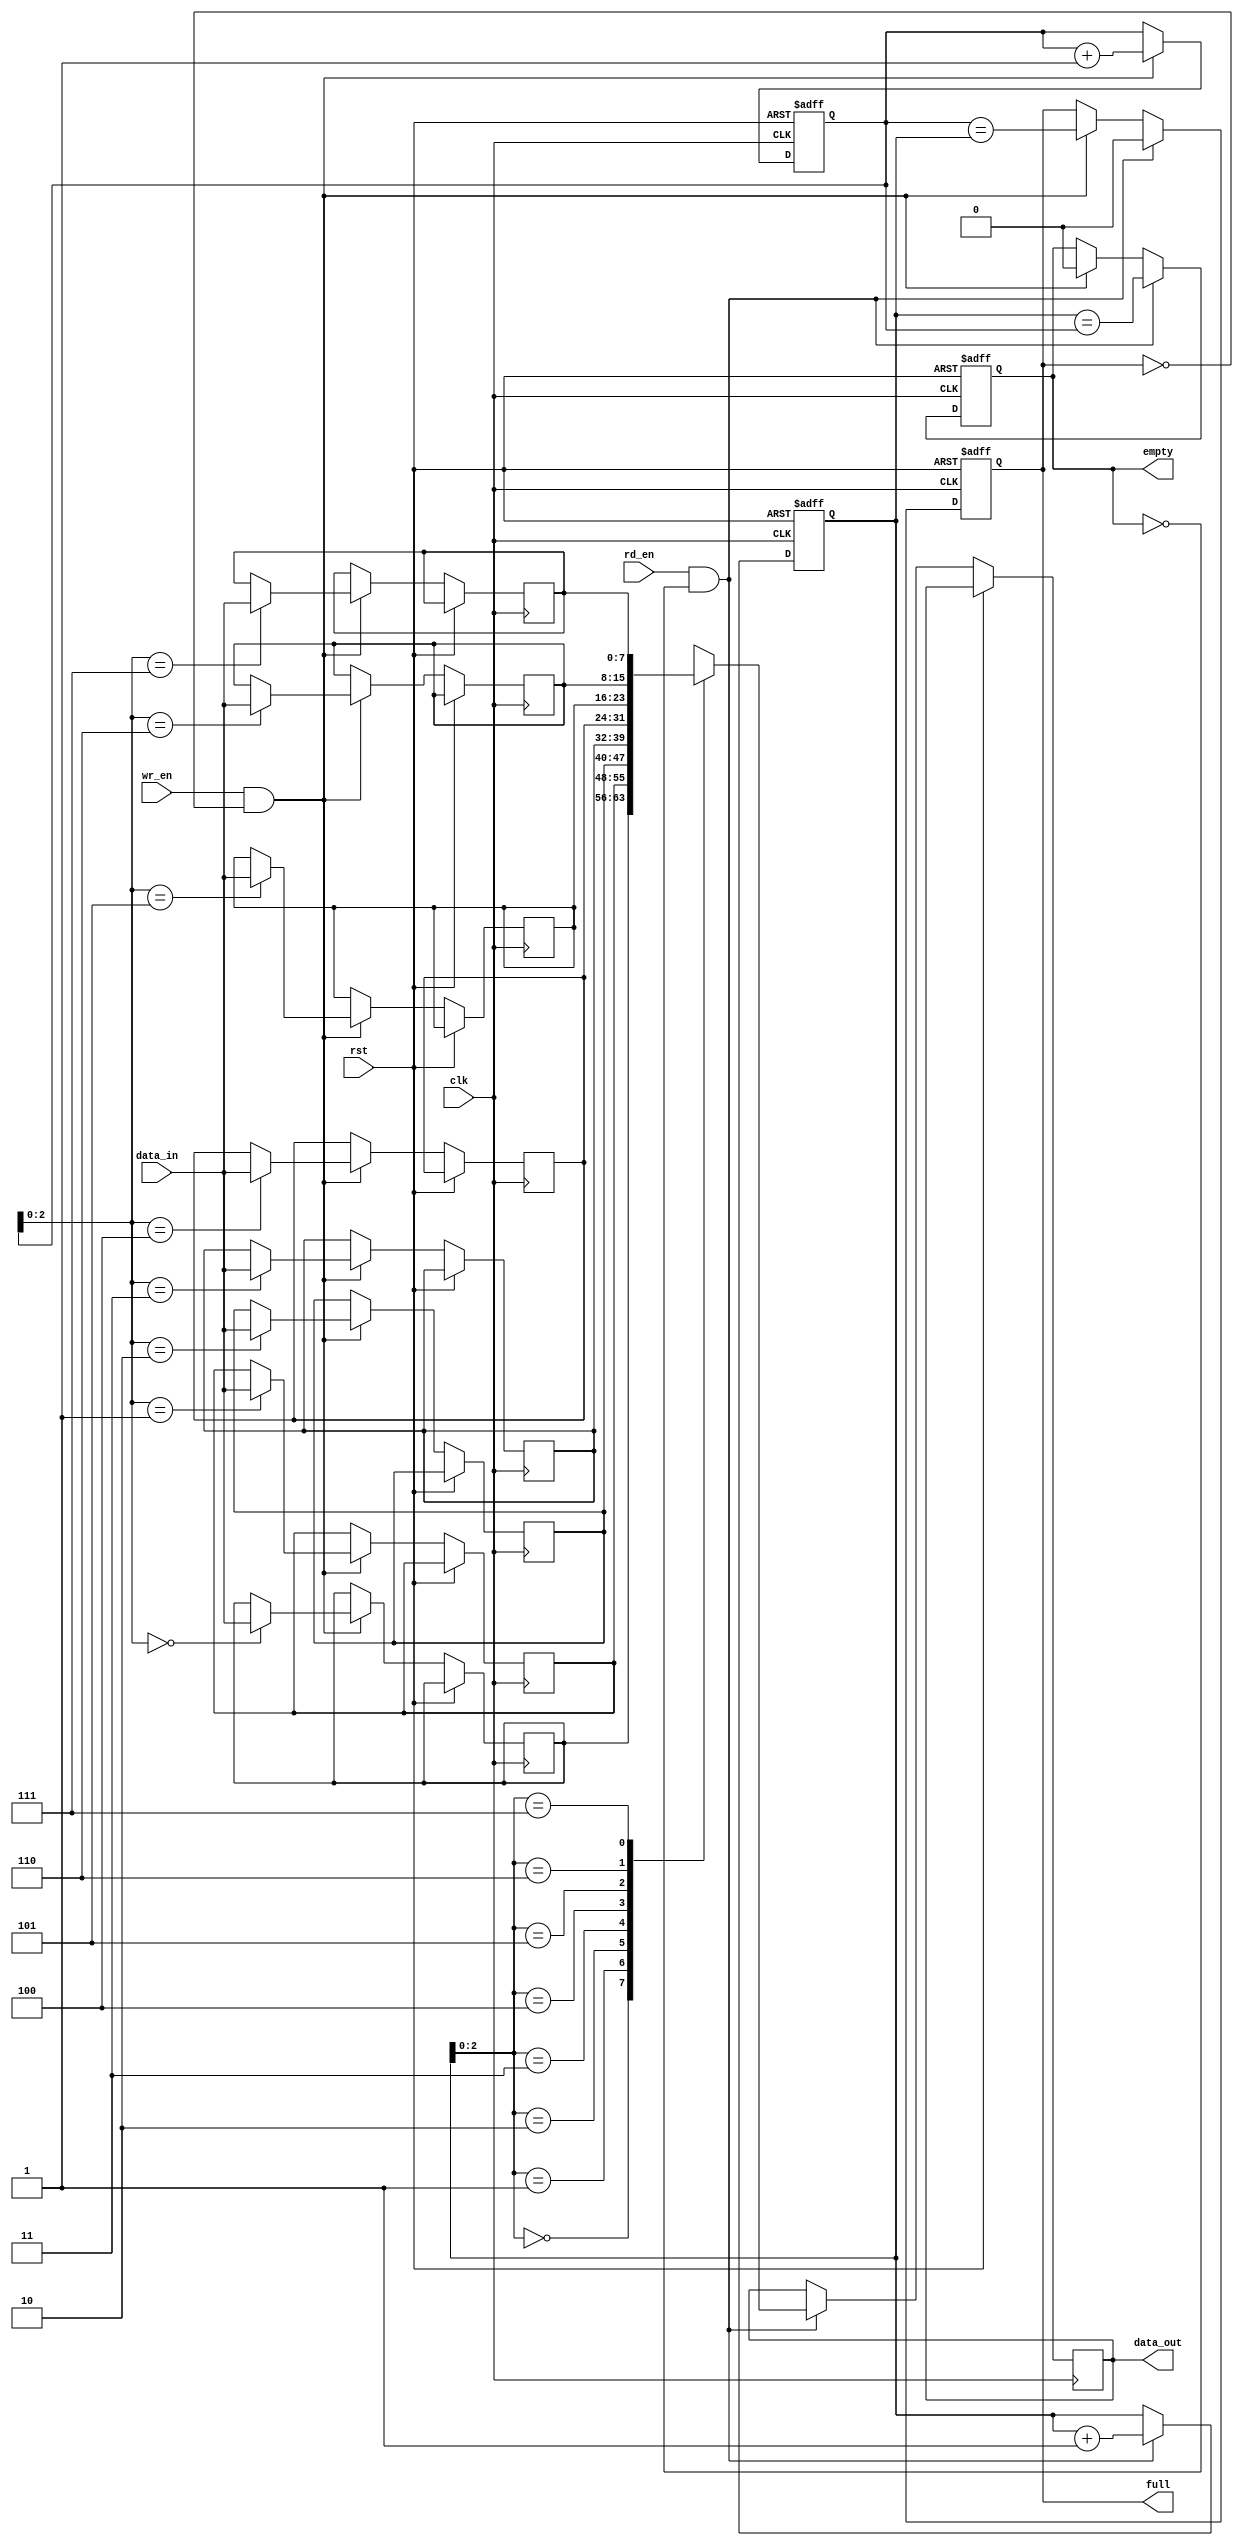
module synchronous_fifo (
  input wire clk,
  input wire rst,
  input wire wr_en,
  input wire rd_en,
  input wire [7:0] data_in,
  output wire [7:0] data_out,
  output wire full,
  output wire empty
);

parameter DEPTH = 8; // Depth of FIFO

reg [7:0] memory [0:DEPTH-1];
reg [3:0] write_ptr;
reg [3:0] read_ptr;
reg full;
reg empty;

always @(posedge clk or posedge rst) begin
  if (rst) begin
    write_ptr <= 4'b0;
    read_ptr <= 4'b0;
    full <= 1'b0;
    empty <= 1'b1;
  end
  else begin
    // Write data to FIFO
    if (wr_en && !full) begin
      memory[write_ptr] <= data_in;
      write_ptr <= write_ptr + 4'b1;
      full <= (write_ptr == read_ptr);
      empty <= 1'b0;
    end
    
    // Read data from FIFO
    if (rd_en && !empty) begin
      data_out <= memory[read_ptr];
      read_ptr <= read_ptr + 4'b1;
      full <= 1'b0;
      empty <= (read_ptr == write_ptr);
    end
  end
end

endmodule